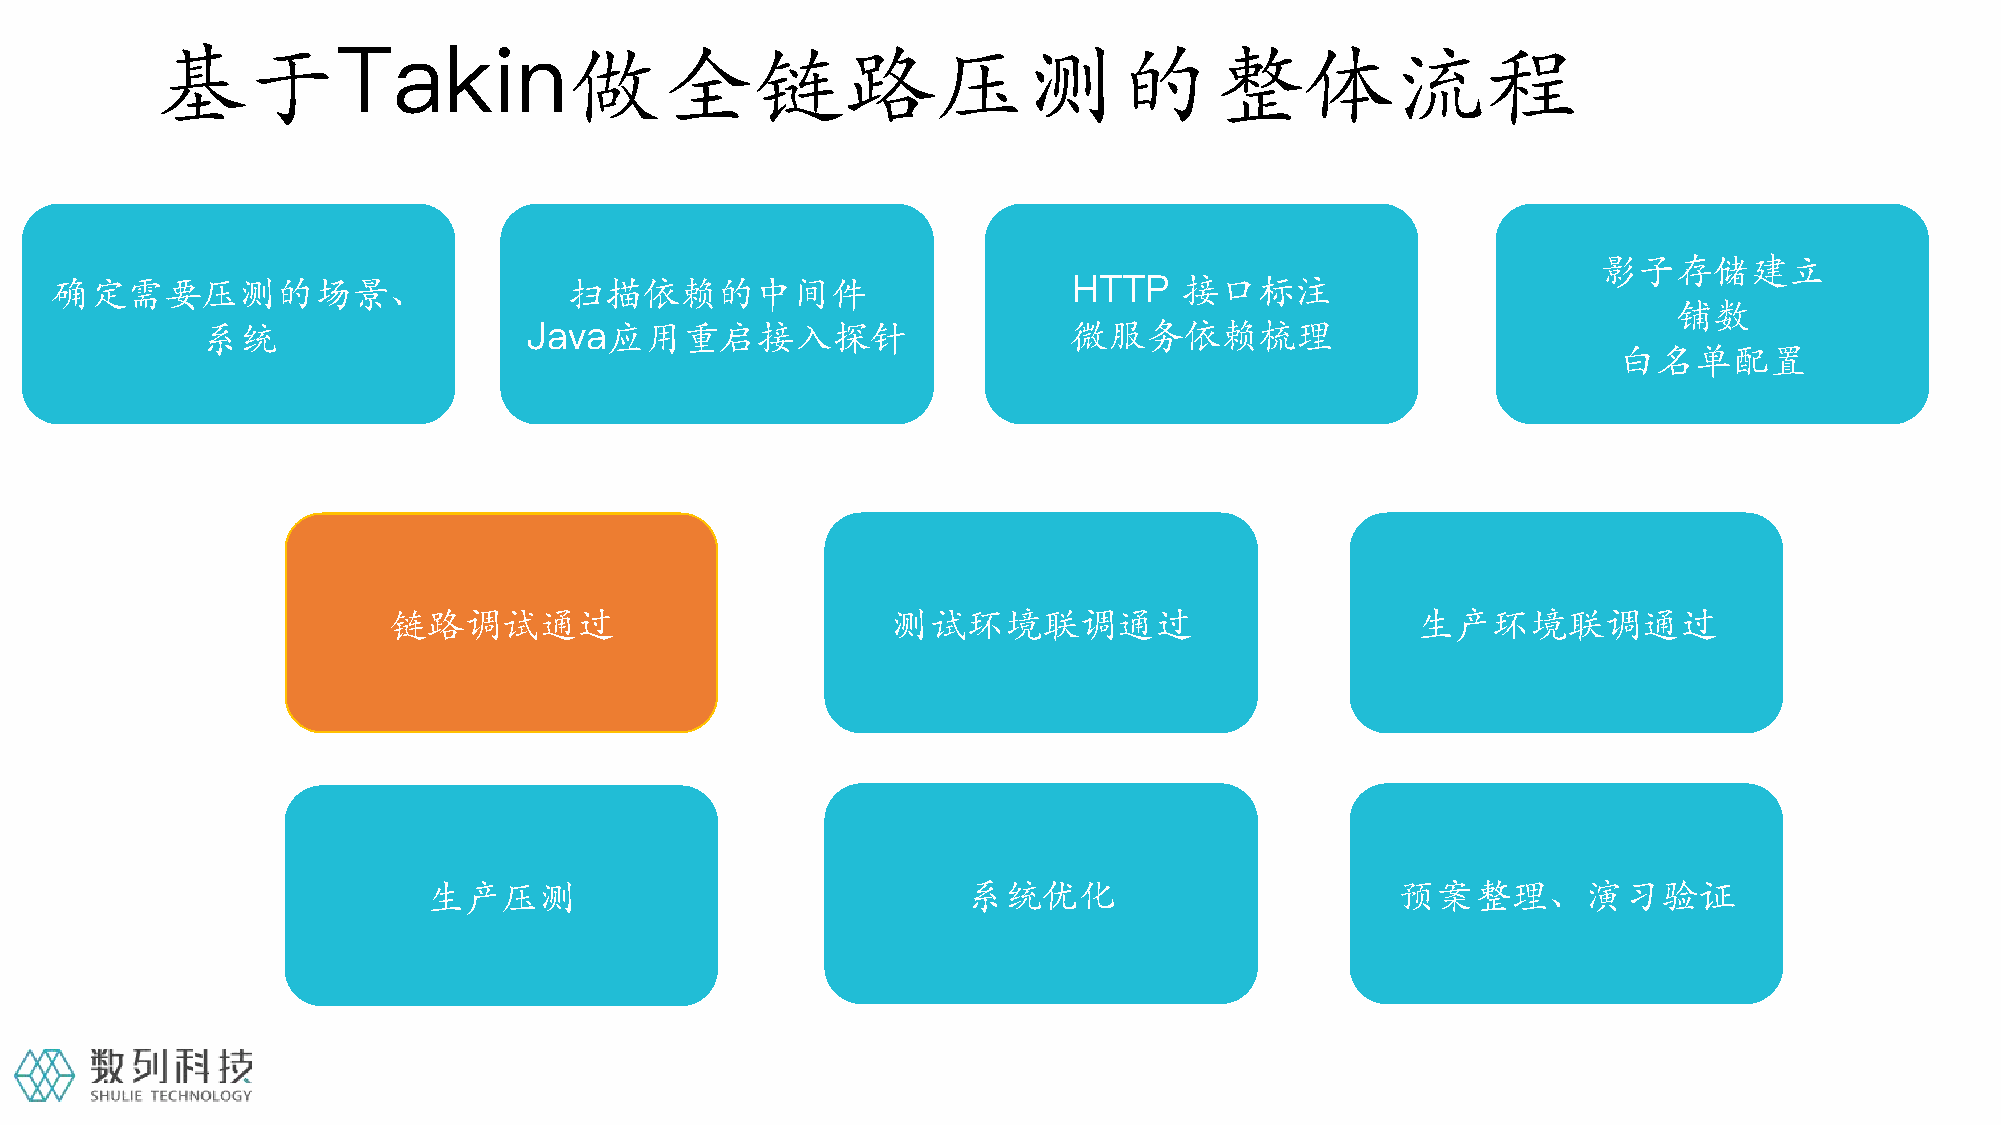
基于Takin做全链路压测的整体流程
 影子存储建立
 确定需要压测的场景、                         扫描依赖的中间件                         HTTP   接口标注
 铺数
 系统                    Java应用重启接入探针                        微服务依赖梳理
 白名单配置
 链路调试通过                           测试环境联调通过                           生产环境联调通过
 生产压测                                系统优化                        预案整理、演习验证